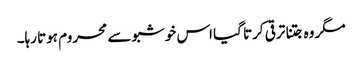
مگر وہ جتنا ترقی کرتا گیا اس خوشبو سے محروم ہوتا رہا۔